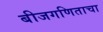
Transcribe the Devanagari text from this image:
बीजगणिताचा